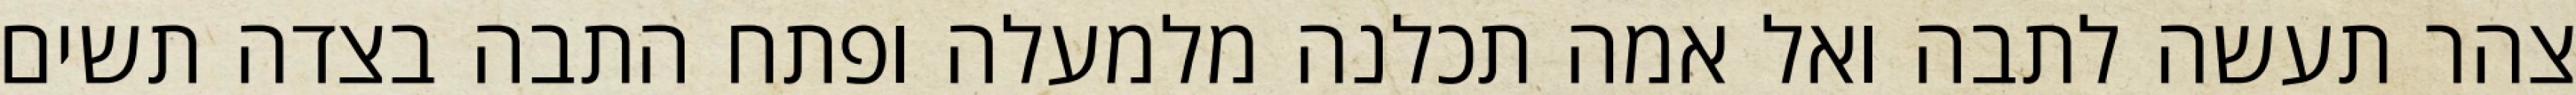
צהר תעשה לתבה ואל אמה תכלנה מלמעלה ופתח התבה בצדה תשים